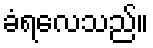
ခံရလေသည်။